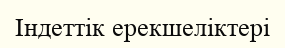
Індеттік ерекшеліктері